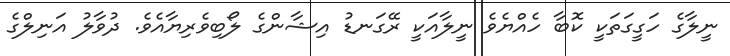
ނީލާގެ ހަގީގަތަކީ ކޮބާ ހެއްޔެވެ ނީލާއަކީ ރޭގަނޑު އިޝާންގެ ލޯބިވެރިޔާއެވެ. ދުވާލު އަނިލްގެ